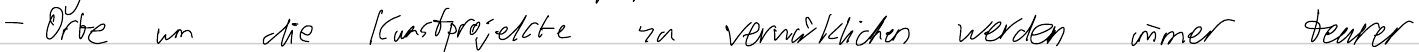
- Orte um die Kunstprojekte zu verwirklichen werden immer teurer